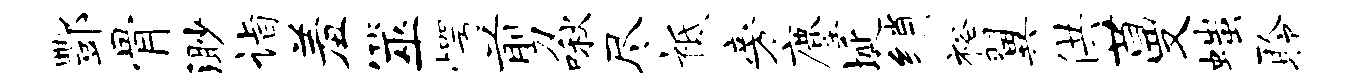
酆骨渺诣羞筮愕剪啾尽祗旁麈埏绡裕翼供蔓嗤聆